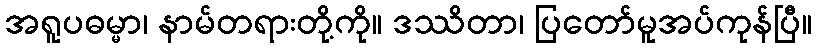
အရူပဓမ္မာ၊ နာမ်တရားတို့ကို။ ဒဿိတာ၊ ပြတော်မူအပ်ကုန်ပြီ။